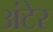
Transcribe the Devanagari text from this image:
अंटेर